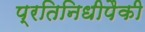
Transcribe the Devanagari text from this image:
प्रतिनिधीपैकी